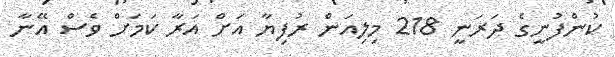
ކުންފުނީގެ ދަރަނީ 218 މިލިއަން ރުފިޔާ އަށް އަރާ ކަމަށް ވެސް އޭނާ